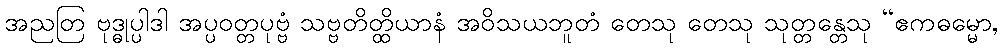
အညတြ ဗုဒ္ဓုပ္ပါဒါ အပ္ပဝတ္တပုဗ္ဗံ သဗ္ဗတိတ္ထိယာနံ အဝိသယဘူတံ တေသု တေသု သုတ္တန္တေသု “ဧကဓမ္မော,